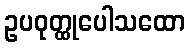
ဥပဝုတ္ထုပေါသထော